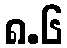
၈.၆